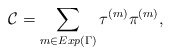
\begin{align*}{\cal C} = \sum_{m\in Exp(\Gamma)} \tau^{(m)}\pi^{(m)},\end{align*}